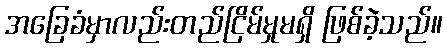
အခြေခံမှာလည်းတည်ငြိမ်မှုမရှိ ဖြစ်ခဲ့သည်။